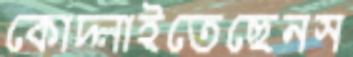
কোদ্‌লাইতেছেনস